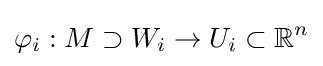
\varphi _{i}:M\supset W_{i}\rightarrow U_{i}\subset \mathbb {R} ^{n}